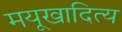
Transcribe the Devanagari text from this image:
मयूखादित्य